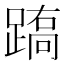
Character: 𨃧